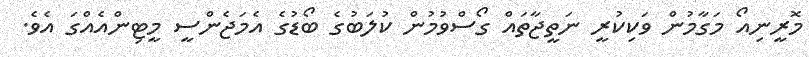
މޮރީނިއޯ މަގާމުން ވަކިކުރީ ނަތީޖާތައް ގޯސްވުމުން ކުލަބުގެ ބޯޑުގެ އެމަޖެންސީ މީޓިންއެއްގަ އެވެ.